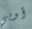
أوبي